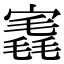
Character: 𡪣